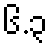
၆.၃